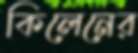
কিলেনের